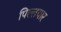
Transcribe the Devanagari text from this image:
पिल्लयार